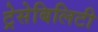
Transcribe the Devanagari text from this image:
ट्रेसेबिलिटी